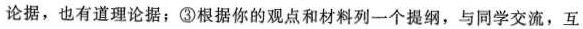
论据，也有道理论据；③根据你的观点和材料列一个提纲，与同学交流，互